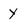
Character: y